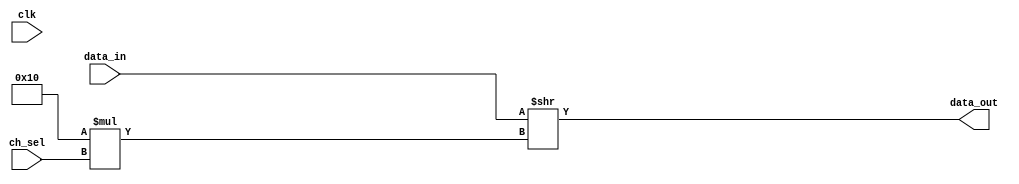
// ***************************************************************************
// ***************************************************************************
// Copyright (C) 2014-2023 Analog Devices, Inc. All rights reserved.
//
// In this HDL repository, there are many different and unique modules, consisting
// of various HDL (Verilog or VHDL) components. The individual modules are
// developed independently, and may be accompanied by separate and unique license
// terms.
//
// The user should read each of these license terms, and understand the
// freedoms and responsibilities that he or she has by using this source/core.
//
// This core is distributed in the hope that it will be useful, but WITHOUT ANY
// WARRANTY; without even the implied warranty of MERCHANTABILITY or FITNESS FOR
// A PARTICULAR PURPOSE.
//
// Redistribution and use of source or resulting binaries, with or without modification
// of this file, are permitted under one of the following two license terms:
//
//   1. The GNU General Public License version 2 as published by the
//      Free Software Foundation, which can be found in the top level directory
//      of this repository (LICENSE_GPL2), and also online at:
//      <https://www.gnu.org/licenses/old-licenses/gpl-2.0.html>
//
// OR
//
//   2. An ADI specific BSD license, which can be found in the top level directory
//      of this repository (LICENSE_ADIBSD), and also on-line at:
//      https://github.com/analogdevicesinc/hdl/blob/master/LICENSE_ADIBSD
//      This will allow to generate bit files and not release the source code,
//      as long as it attaches to an ADI device.
//
// ***************************************************************************
// ***************************************************************************

`timescale 1ns/100ps

module ad_mux_core #(
  parameter CH_W = 16,
  parameter CH_CNT = 8,
  parameter EN_REG = 0
) (
  input clk,
  input [CH_W*CH_CNT-1:0] data_in,
  input [$clog2(CH_CNT)-1:0] ch_sel,
  output [CH_W-1:0] data_out
);

  wire [CH_W-1:0] data_out_loc;

  assign data_out_loc = data_in >> CH_W*ch_sel;

  generate if (EN_REG) begin
    reg [CH_W-1:0] data_out_reg;
    always @(posedge clk) begin
      data_out_reg <= data_out_loc;
    end
    assign data_out = data_out_reg;
  end else begin
    assign data_out = data_out_loc;
  end
  endgenerate

endmodule